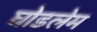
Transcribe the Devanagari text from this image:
घोडलेम